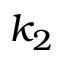
k _ { 2 }